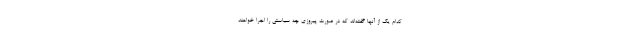
کدام یک از آنها گفته‌اند که در صورت پیروزی چه سیاستی را اجرا خواهند